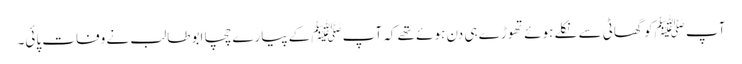
آپ ﷺکو گھاٹی سے نکلے ہوئے تھوڑے ہی دن ہوئے تھے کہ آپﷺ کے پیارے چچا ابو طالب نے وفات پائی۔